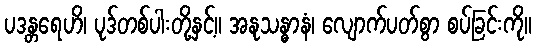
ပဒန္တရေဟိ၊ ပုဒ်တစ်ပါးတို့နှင့်။ အနုသန္ဓာနံ၊ လျောက်ပတ်စွာ စပ်ခြင်းကို။